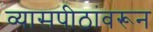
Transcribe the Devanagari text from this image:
व्यासपीठांवरून